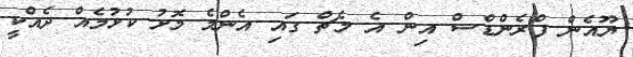
ޔޫއެން ފްރެންޑްސް އިން އެ މެޗް ގައި އެންމެ މޮޅު ކުޅުމެއް ދެއްކީ